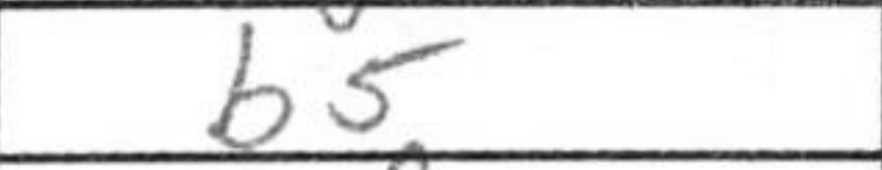
Transcription: b5